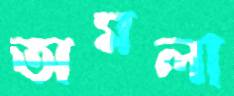
অমলা